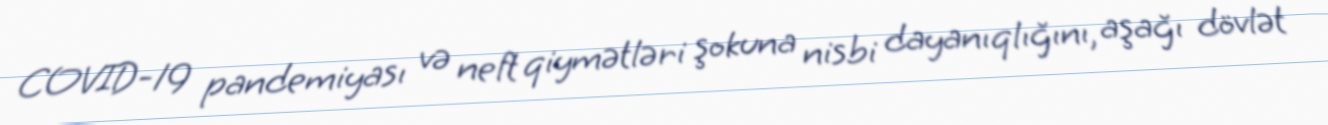
COVID-19 pandemiyası və neft qiymətləri şokuna nisbi dayanıqlığını, aşağı dövlət